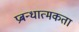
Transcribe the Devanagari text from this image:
प्रबन्धात्मकता